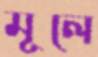
মূলে